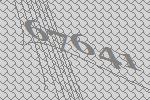
67641